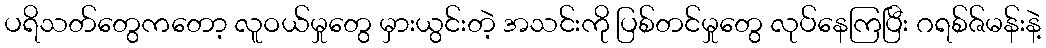
ပရိသတ်တွေကတော့ လူဝယ်မှုတွေ မှားယွင်းတဲ့ အသင်းကို ပြစ်တင်မှုတွေ လုပ်နေကြပြီး ဂရစ်ဇ်မန်းနဲ့